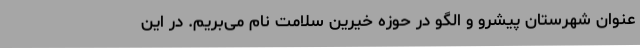
عنوان شهرستان پیشرو و الگو در حوزه خیرین سلامت نام می‌بریم. در این